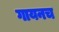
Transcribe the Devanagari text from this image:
गायनच